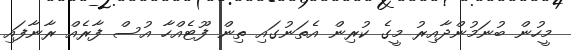
މީހުން ބުނަމުންދާއިރު މީގެ ކުރިން އެތަނުގައި ތިން ފޫޓެއްހާ އުސް ފާރެއް ރާނާފައި